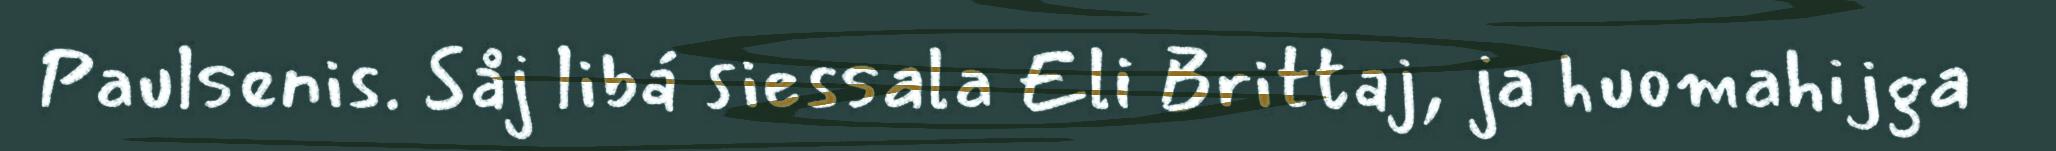
Paulsenis. Såj libá siessala Eli Brittaj, ja huomahijga